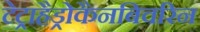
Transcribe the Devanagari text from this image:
टेट्राहैड्रोकैनबिवरिन